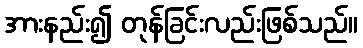
အားနည်း၍ တုန်ခြင်းလည်းဖြစ်သည်။